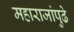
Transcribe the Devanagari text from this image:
महाराजांपुढे